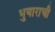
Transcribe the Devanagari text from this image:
भुयाराची